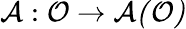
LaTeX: \mathcal{A}:\mathcal{O}\rightarrow\mathcal{A(O)}